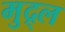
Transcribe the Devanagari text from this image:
मुद्र्ल